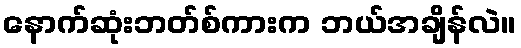
နောက်ဆုံးဘတ်စ်ကားက ဘယ်အချိန်လဲ။